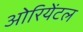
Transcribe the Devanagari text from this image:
ओरियेंटल